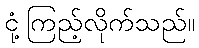
ငုံ့ကြည့်လိုက်သည်။